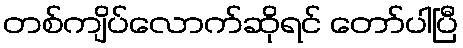
တစ်ကျိပ်လောက်ဆိုရင် တော်ပါပြီ